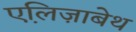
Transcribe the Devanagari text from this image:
एलि़ज़ाबेथ